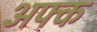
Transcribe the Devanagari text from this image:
अफ्क